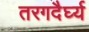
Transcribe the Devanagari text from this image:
तरगदैर्घ्य